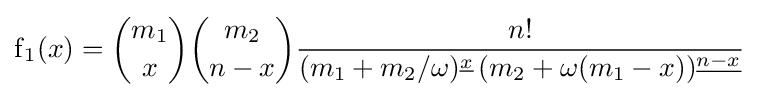
\operatorname {f} _{1}(x)={\binom {m_{1}}{x}}{\binom {m_{2}}{n-x}}{\frac {n!}{(m_{1}+m_{2}/\omega )^{\underline {x}}\,(m_{2}+\omega (m_{1}-x))^{\underline {n-x}}}}